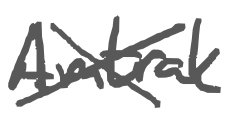
Text: Amtrak
Cross-out: mix
Writing tool: digital_gray